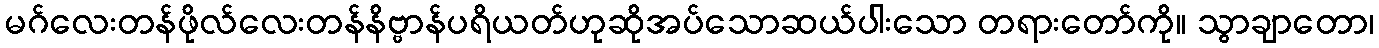
မဂ်လေးတန်ဖိုလ်လေးတန်နိဗ္ဗာန်ပရိယတ်ဟုဆိုအပ်သောဆယ်ပါးသော တရားတော်ကို။ သွာချာတော၊